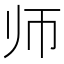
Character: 师